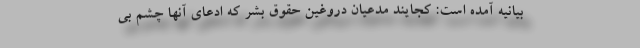
بیانیه آمده است: کجایند مدعیان دروغین حقوق بشر که ادعای آنها چشم بی